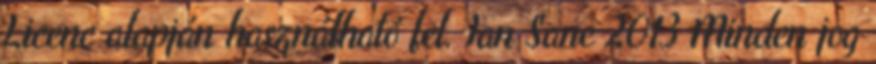
Licenc alapján használható fel. Ian Sane 2013 Minden jog